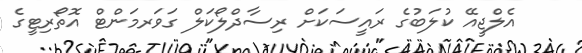
އެލްޖީއޭ ކުލަބުގެ ރައީސަކަށް ރިސާދްލޯކަލް ގަވަރމަންޓް އޮތޯރިޓީގެ